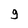
Character: 9